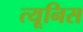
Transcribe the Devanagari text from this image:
त्यूनिस